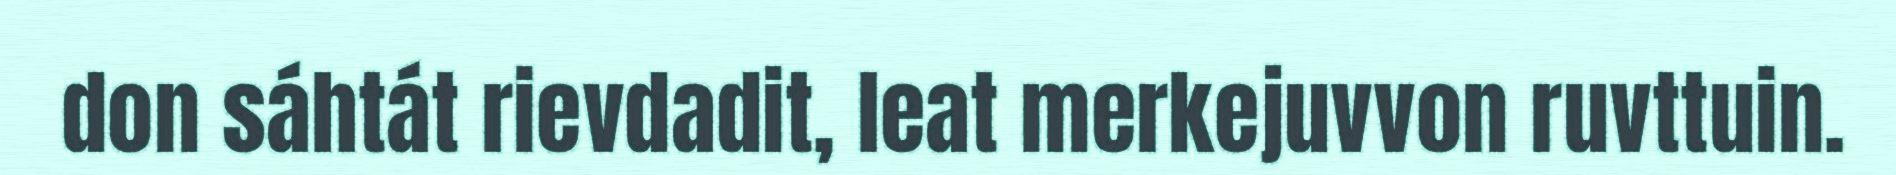
don sáhtát rievdadit, leat merkejuvvon ruvttuin.